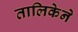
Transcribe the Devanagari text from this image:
तालिकेने